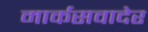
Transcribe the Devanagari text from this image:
मार्कसवादेर